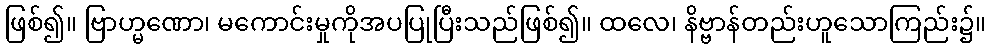
ဖြစ်၍။ ဗြာဟ္မဏော၊ မကောင်းမှုကိုအပပြုပြီးသည်ဖြစ်၍။ ထလေ၊ နိဗ္ဗာန်တည်းဟူသောကြည်း၌။